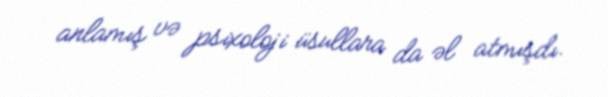
anlamış və psixoloji üsullara da əl atmışdı.